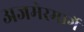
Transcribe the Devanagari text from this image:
अजमेरमार्गे